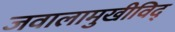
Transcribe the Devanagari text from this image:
जवालामुखीविद्